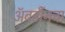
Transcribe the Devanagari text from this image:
अॅबर्डीनचा